Vaccination report Assam 1896-1927 - 1896-1927
Year: 1896
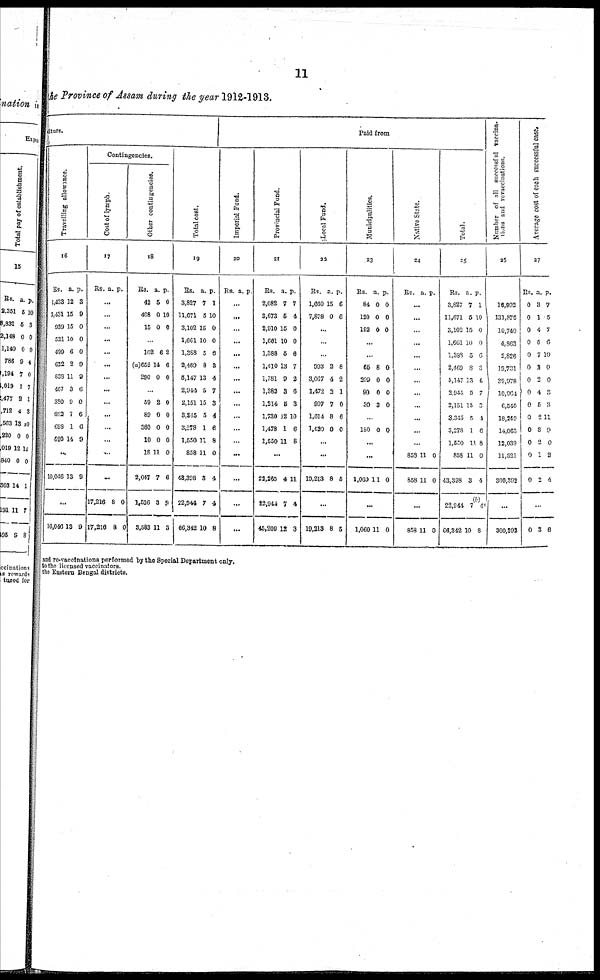
11
the Province of Assam during the year 1912-1913.
diture.
Travelling allowance.
16
Rs.
1,433
3,431
999
521
499
622
838
467
380
692
698
520
a.
12
15
15
10
0
2
11
3
0
7
1
14
p.
8
9
0
0
0
9
9
6
0
6
6
9
...
10,046 13 9
...
10,046 13 9
Contingencies.
Cost of lymph.
17
Rs. a. p.
...
...
...
...
...
...
...
...
...
...
...
...
...
...
17,216
17,216
8
8
0
0
Other contingencies.
18
Rs.
42
408
15
a.
5
0
0
p.
0
10
0
...
102
(a)652
290
6
14
0
2
6
0
...
59
89
360
10
18
2,047
1,536
3,583
2
0
0
0
11
7
3
11
0
0
0
0
0
6
9
3
Total cost.
19
Rs.
3,827
11,671
3,102
1,661
1,388
2,469
5,147
2,944
2,151
3,845
3,278
1,550
858
48,398
22,944
66,342
a.
7
5
15
10
5
8
13
5
15
5
1
11
11
3
7
10
p.
1
10
0
0
6
3
4
7
3
4
6
8
0
4
4
8
Paid from
Imperial Fund.
20
Rs. a. p.
...
...
...
...
...
...
...
...
...
...
...
...
...
...
...
...
Provincial Fund.
21
Rs.
2,082
3,673
2,910
1,661
1,388
1,410
1,781
1,382
1,214
1,730
1,478
1,550
a.
7
6
15
10
5
13
9
3
5
12
1
11
p.
7
4
0
0
6
7
2
6
3
10
6
8
...
22,265
22,944
45,209
4
7
12
11
4
3
Local Fund.
22
Rs.
1,660
7,878
a.
15
0
p.
6
6
...
...
...
993
3,067
1,472
907
1,014
1,680
2
4
3
7
8
0
8
2
1
0
6
0
...
...
19,213 8 5
...
19,213 8 5
Municipalities.
23
Rs.
84
130
102
a.
0
0
0
p.
0
0
0
...
...
65
399
90
30
8
0
0
3
0
0
0
0
...
180 0 0
...
...
1,669 11 0
...
1,060 11 0
Native State.
24
Rs. a. p.
...
...
...
...
...
...
...
...
...
...
...
...
858
858
11
11
0
0
...
858 11 0
Total.
25
Rs.
3,827
11,671
3,102
1,661
1,389
2,469
5,147
2,944
2,151
3,345
3,278
1,550
858
43,398
22,944
66,342
a.
7
5
15
10
5
8
13
5
15
5
1
11
11
3
7(b)
10
p.
1
10
0
0
6
3
4
7
3
1
6
8
0
4
4
8
Number of all successful vaccina¬
tions and re-vaccinations.
26
16,992
131,876
10,740
4,863
2,826
19,731
39,978
10,064
6,540
18,259
14,063
12,039
11,521
800,392
...
300,392
Average coat of each successful case.
27
Rs.
0
0
0
0
0
0
0
0
0
0
0
0
0
0
a.
3
1
4
5
7
3
2
4
5
2
3
2
1
2
p.
7
5
7
0
10
0
0
8
3
11
0
0
8
4
...
0 3 6
and re-vaccinations performed by the Special Department only.
to the licensed vaccinators.
the Eastern Bengal districts.